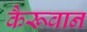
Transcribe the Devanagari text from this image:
कैरूवान